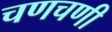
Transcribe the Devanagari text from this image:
चणचणी